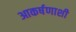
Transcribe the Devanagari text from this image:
आकर्षणाशी